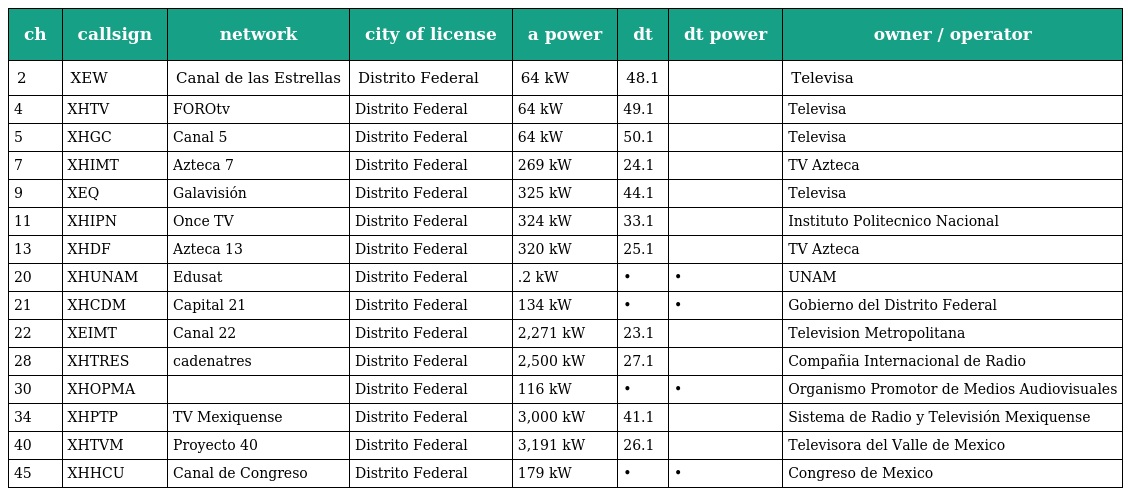
| ch | callsign | network | city of license | a power | dt | dt power | owner / operator |
 | --- | --- | --- | --- | --- | --- | --- | --- |
 | 2 | XEW | Canal de las Estrellas | Distrito Federal | 64 kW | 48.1 |  | Televisa |
 | 4 | XHTV | FOROtv | Distrito Federal | 64 kW | 49.1 |  | Televisa |
 | 5 | XHGC | Canal 5 | Distrito Federal | 64 kW | 50.1 |  | Televisa |
 | 7 | XHIMT | Azteca 7 | Distrito Federal | 269 kW | 24.1 |  | TV Azteca |
 | 9 | XEQ | Galavisión | Distrito Federal | 325 kW | 44.1 |  | Televisa |
 | 11 | XHIPN | Once TV | Distrito Federal | 324 kW | 33.1 |  | Instituto Politecnico Nacional |
 | 13 | XHDF | Azteca 13 | Distrito Federal | 320 kW | 25.1 |  | TV Azteca |
 | 20 | XHUNAM | Edusat | Distrito Federal | .2 kW | • | • | UNAM |
 | 21 | XHCDM | Capital 21 | Distrito Federal | 134 kW | • | • | Gobierno del Distrito Federal |
 | 22 | XEIMT | Canal 22 | Distrito Federal | 2,271 kW | 23.1 |  | Television Metropolitana |
 | 28 | XHTRES | cadenatres | Distrito Federal | 2,500 kW | 27.1 |  | Compañia Internacional de Radio |
 | 30 | XHOPMA |  | Distrito Federal | 116 kW | • | • | Organismo Promotor de Medios Audiovisuales |
 | 34 | XHPTP | TV Mexiquense | Distrito Federal | 3,000 kW | 41.1 |  | Sistema de Radio y Televisión Mexiquense |
 | 40 | XHTVM | Proyecto 40 | Distrito Federal | 3,191 kW | 26.1 |  | Televisora del Valle de Mexico |
 | 45 | XHHCU | Canal de Congreso | Distrito Federal | 179 kW | • | • | Congreso de Mexico |